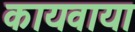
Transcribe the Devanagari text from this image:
कायवाया